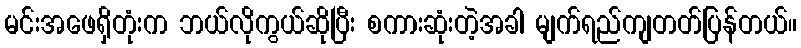
မင်းအဖေရှိတုံးက ဘယ်လိုကွယ်ဆိုပြီး စကားဆုံးတဲ့အခါ မျက်ရည်ကျတတ်ပြန်တယ်။